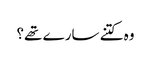
وہ کتنے سارے تھے؟